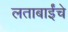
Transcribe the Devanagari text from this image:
लताबाईंचे